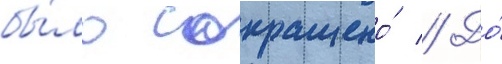
бы́ло сокращено́ // До́